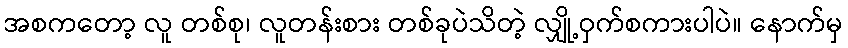
အစကတော့ လူ တစ်စု၊ လူတန်းစား တစ်ခုပဲသိတဲ့ လျှို့ဝှက်စကားပါပဲ။ နောက်မှ